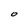
Character: O